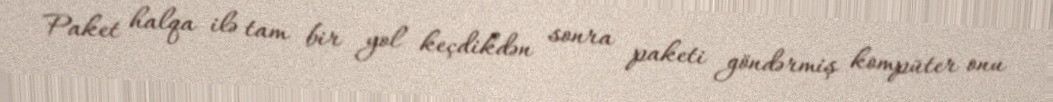
Paket halqa ilə tam bir yol keçdikdən sonra paketi göndərmiş kompüter onu